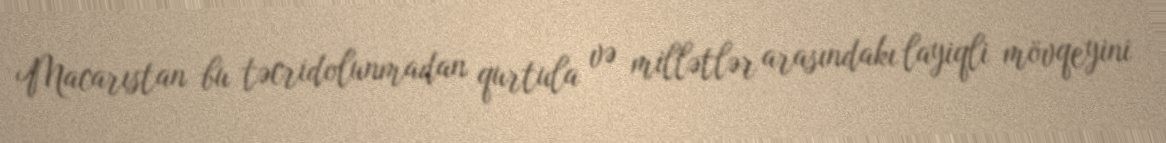
Macarıstan bu təcridolunmadan qurtula və millətlər arasındakı layiqli mövqeyini